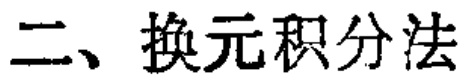
二、换元积分法